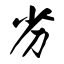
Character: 劣